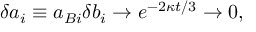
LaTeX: \delta a _ { i } \equiv a _ { B i } \delta b _ { i } \to e ^ { - 2 \kappa t / 3 } \to 0 ,